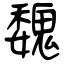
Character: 魏